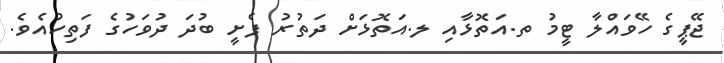
ޖޭޕީގެ ހޭވައްލާ ޓީމު ތ.އަތޮޅާއި ލ.އަތޮޅަށް ދަތުރު ފެށީ ބުދަ ދުވަހުގެ ފަތިހުއެވެ.